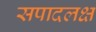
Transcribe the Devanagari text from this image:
सपादलक्ष